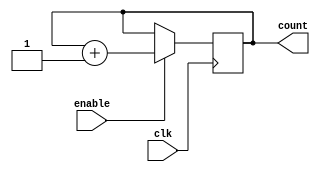
module binary_up_counter_enable(
    input wire clk,
    input wire enable,
    output reg [3:0] count
);

always @(posedge clk) begin
    if(enable) begin
        count <= count + 4'b1;
    end
end

endmodule